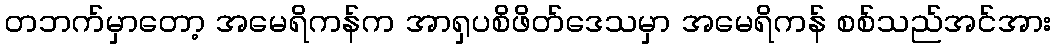
တဘက်မှာတော့ အမေရိကန်က အာရှပစိဖိတ်ဒေသမှာ အမေရိကန် စစ်သည်အင်အား